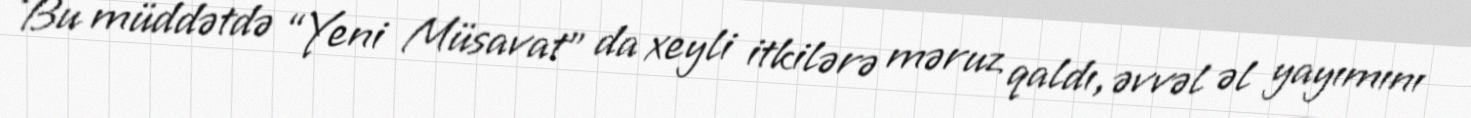
Bu müddətdə “Yeni Müsavat” da xeyli itkilərə məruz qaldı, əvvəl əl yayımını